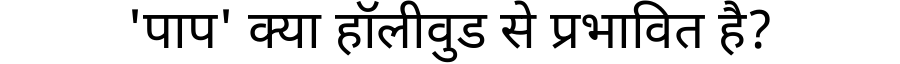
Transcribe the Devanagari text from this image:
'पाप' क्या हॉलीवुड से प्रभावित है?